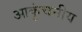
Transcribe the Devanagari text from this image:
आकुंचनीय